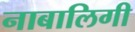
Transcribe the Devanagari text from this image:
नाबालिगी